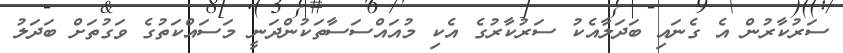
ސަރުކާރުން އެ ގެނައި ބަދަލާއެކު ސަރުކާރުގެ އެކި މުއައްސަސާތަކުންދަނީ މަސައްކަތުގެ ވަގުތަށް ބަދަލު